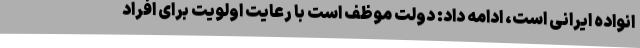
انواده ایرانی است، ادامه داد: دولت موظف است با رعایت اولویت برای افراد